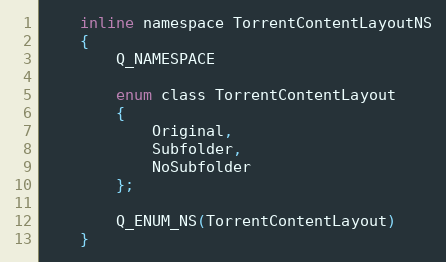
Language: C
    inline namespace TorrentContentLayoutNS
    {
        Q_NAMESPACE

        enum class TorrentContentLayout
        {
            Original,
            Subfolder,
            NoSubfolder
        };

        Q_ENUM_NS(TorrentContentLayout)
    }